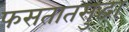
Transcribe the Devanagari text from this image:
फसतातसुद्धा